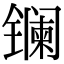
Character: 镧